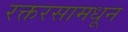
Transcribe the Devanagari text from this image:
रक्तरसामधून